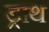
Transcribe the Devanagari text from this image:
ड्राथ